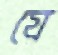
যে